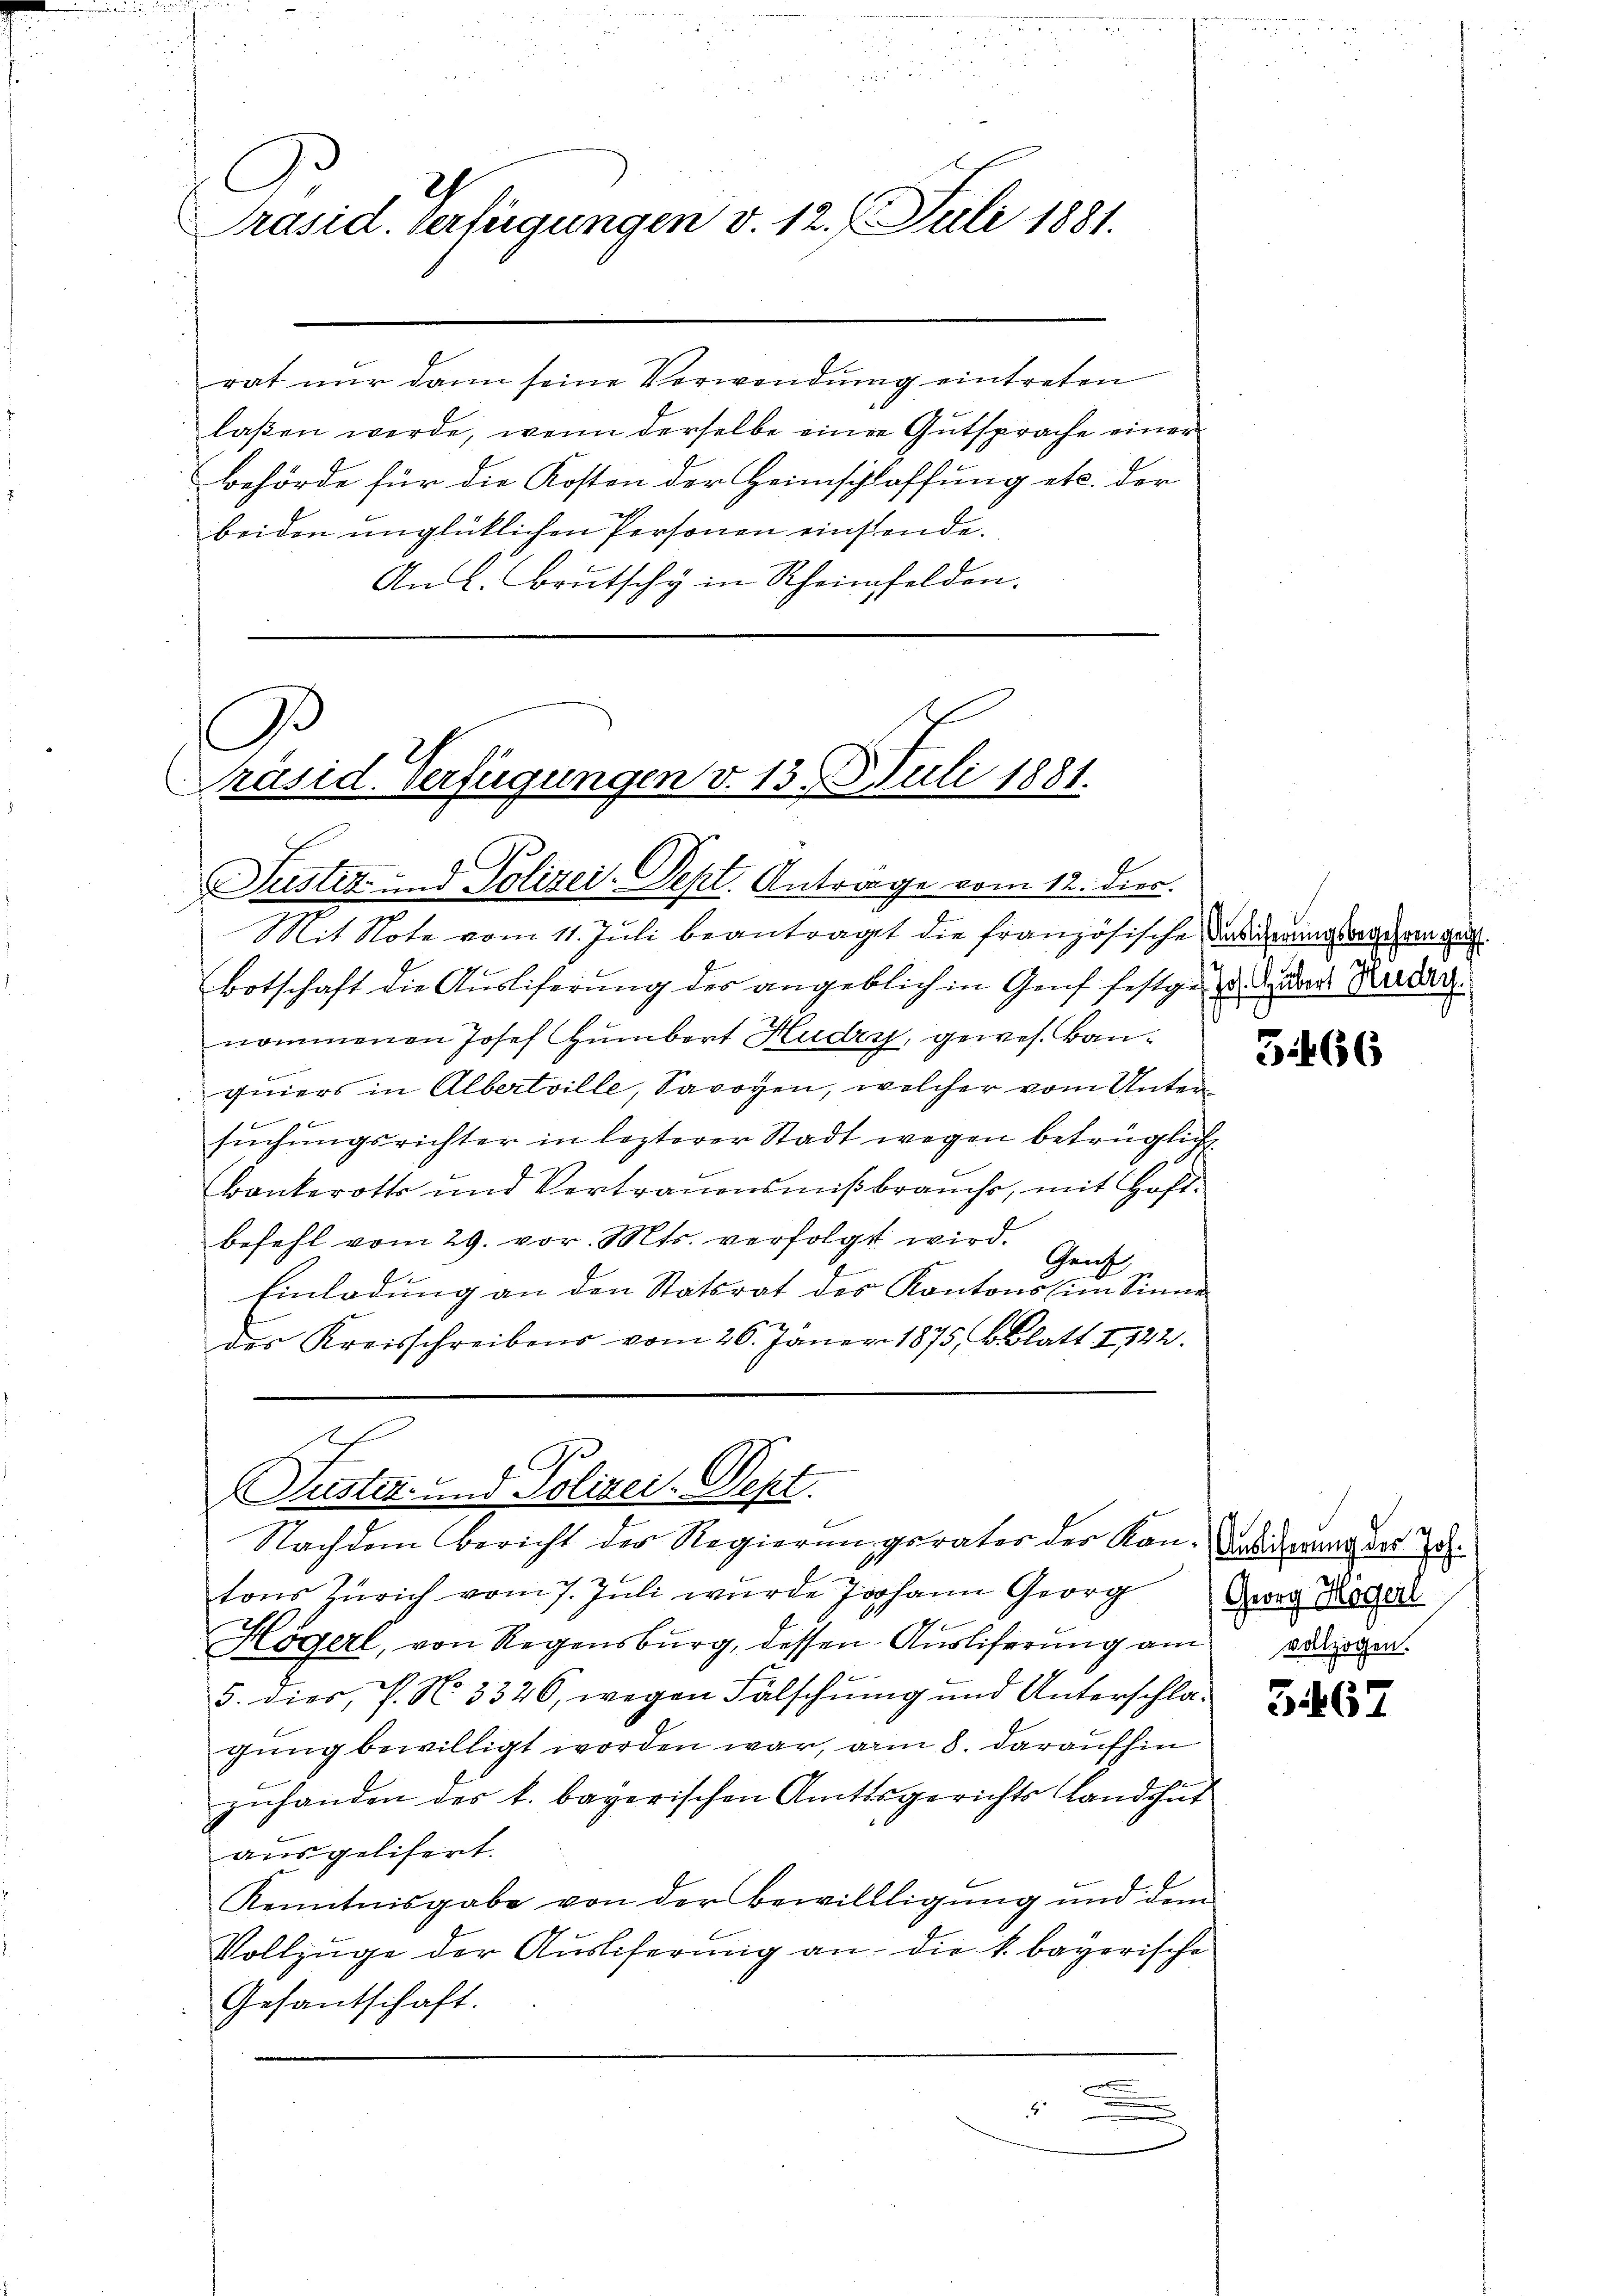
C
2
Präsid. Verfügungen v. 12. Juli 1881.

rat nur dann seine Verwendung eintreten
laßen werde, wenn derselbe einer Gutsprache einer
Behörde für die Kosten der Heimschlaffung etc. der
beiden unglücklichen Personen einstende.
An L. Brutschy in Scheinfelden.

B
Präsid. Verfügungen v. 13. Juli 1881.

Justiz- und Polizei-Pept. Anträge vom 12. dies
Mit Note vom 11. Juli beantragt die französische dass drangegangen
Botschaft die Ausliferung des angeblich in Genf festges. Der Barbar.
nommenen Josef Humbort Hudry, gewes. Kanquiers in Albertville, Savoyen, welcher vom Untersuchungsrichter in lezterer Stadt wegen betrüglich
Bankerotts und Vertrauensmißbrauchs, mit Hoftbefehl vom 29. vor. Mts. verfolgt wird.
Gruf
Einladung an den Statsrat des Kantons (im Sinne
des Kreisschreibens vom 26. Jäner 1875, b. Blatt 1122.

tons Zürich vom 7. Juli wurde Johann Georg Der Rege
Högerl, von Regensburg, dessen Ausliferung am Segen.
5. dies, P. No. 3326, wegen Falschung und Unterschlagung bewilligt worden war, am 8. daraufhin
zuhanden des k. bayerischen Amtsgerichts Landshut
ausgelisert.
Kenntnisgabe von der Bewillligŭng und dem
Vollzüge der Auslieferung an die k. bayerische
Gesantschaft.
c
4
e

Ref
G.
Justiz- und Polizei- Sept.
Nachdem Bericht der Regierungsrates der Kan-Garderung der Ze

5466

G 467